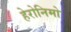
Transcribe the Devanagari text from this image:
हेरोनिमो